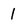
Character: 1